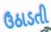
ઉઠાડતી